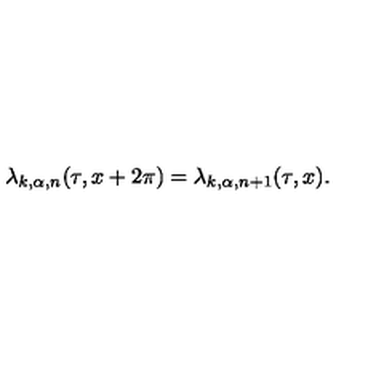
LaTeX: \lambda _ { k , \alpha , n } ( \tau , x + 2 \pi ) = \lambda _ { k , \alpha , n + 1 } ( \tau , x ) .